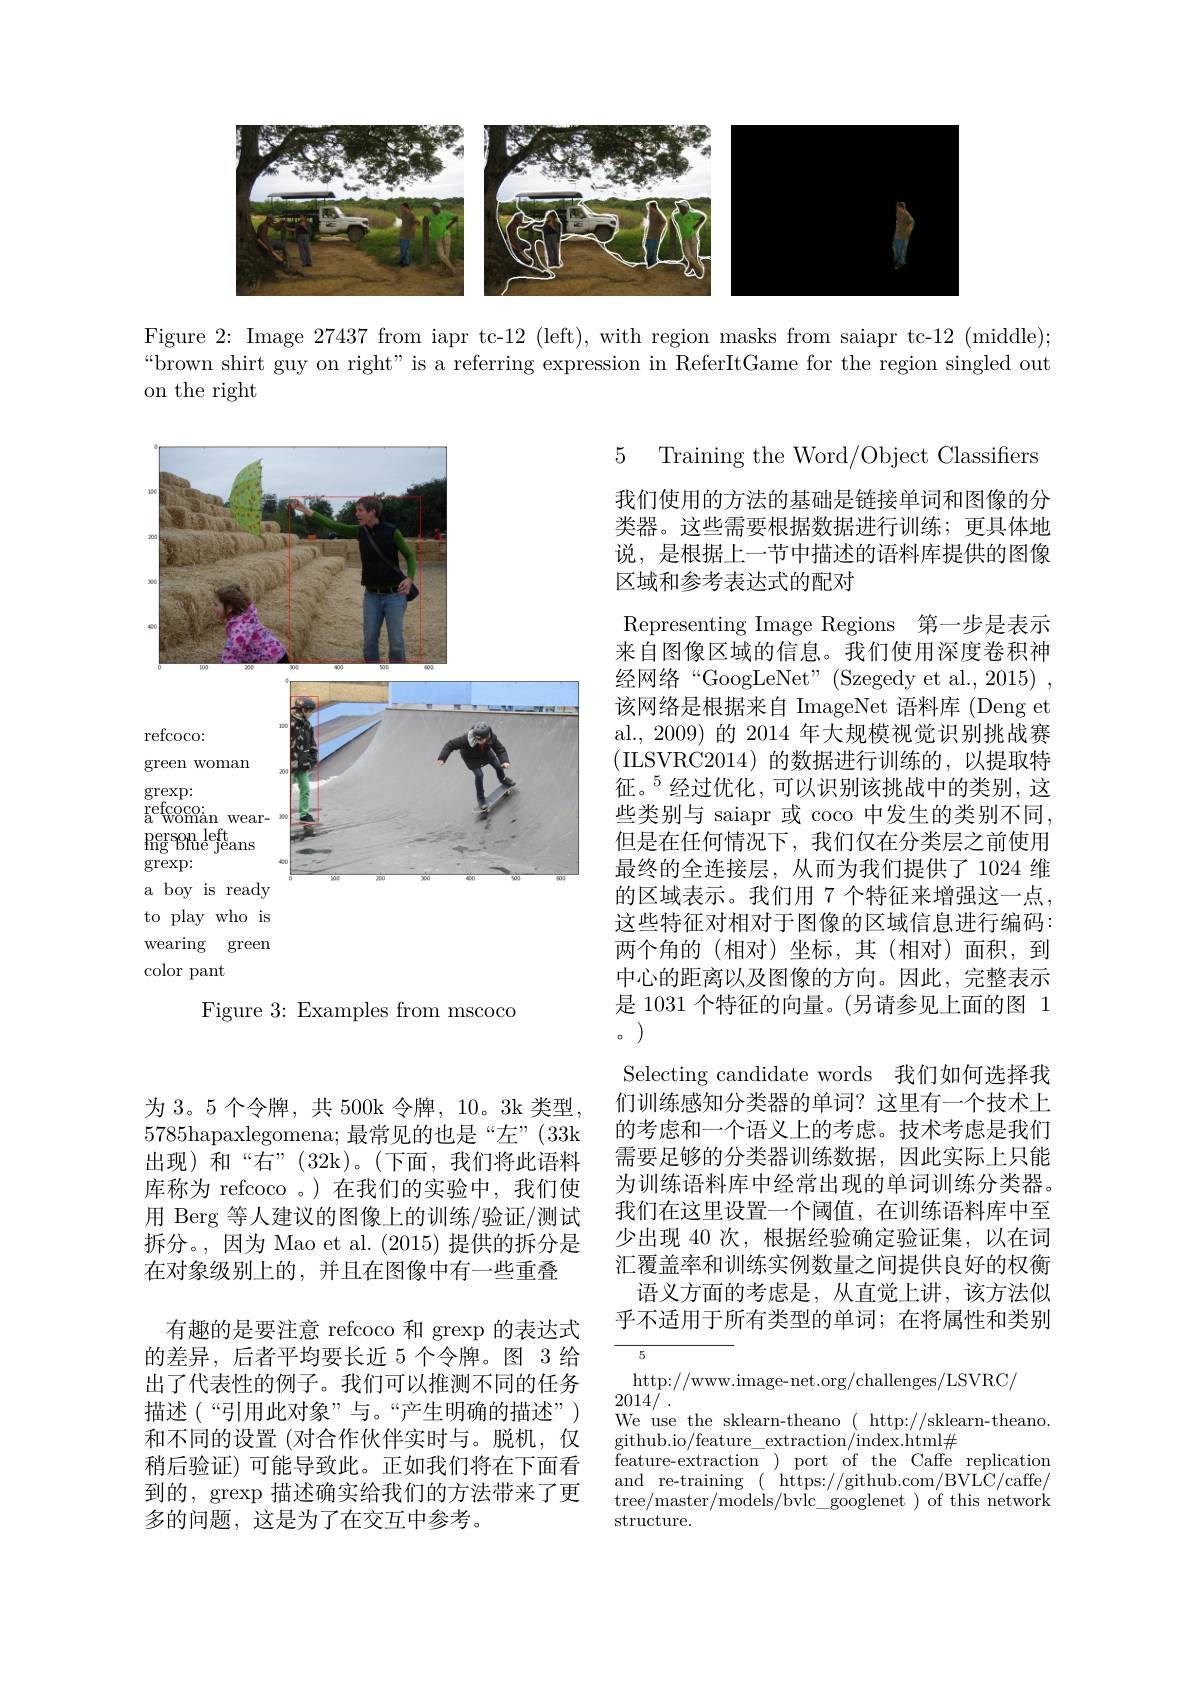
<FigureHere>

Figure 2: Image 27437 from iapr tc-12 (left), with region masks from saiapr tc-12 (middle); “brown shirt guy on right" is a referring expression in ReferItGame for the region singled out on the right

5 Training the Word/Object Classifiers

<FigureHere>
Figure 3{:}Examples from mscoco

我们使用的方法的基础是链接单词和图像的分类器。这些需要根据数据进行训练；更具体地说，是根据上一节中描述的语料库提供的图像区域和参考表达式的配对
Representing Image Regions 第一步是表示来自图像区域的信息。我们使用深度卷积神经网络“GoogLeNet”(Szegedy et al., 2015) , 该网络是根据来自 ImageNet 语料库 (Deng et al.,2009)的 2014 年大规模视觉识别挑战赛(ILSVRC2014)的数据进行训练的，以提取特征。$^{5}$经过优化，可以识别该挑战中的类别，这些类别与 saiapr 或 coco 中发生的类别不同， 但是在任何情况下，我们仅在分类层之前使用最终的全连接层，从而为我们提供了 1024 维的区域表示。我们用 7 个特征来增强这一点， 这些特征对相对于图像的区域信息进行编码： 两个角的(相对)坐标，其(相对)面积，到中心的距离以及图像的方向。因此，完整表示是 1031 个特征的向量。(另请参见上面的图 10
Selecting candidate words 我们如何选择我们训练感知分类器的单词？这里有一个技术上的考虑和一个语义上的考虑。技术考虑是我们需要足够的分类器训练数据，因此实际上只能为训练语料库中经常出现的单词训练分类器。我们在这里设置一个阈值，在训练语料库中至少出现 40 次，根据经验确定验证集，以在词汇覆盖率和训练实例数量之间提供良好的权衡
语义方面的考虑是，从直觉上讲，该方法似乎不适用于所有类型的单词；在将属性和类别5

为 3。5 个令牌，共 500k 令牌 , 10。3k 类型， 5785hapaxlegomena;最常见的也是“左”(33k 出现)和“右”(32k)。(下面，我们将此语料库称为 refcoco 。)在我们的实验中，我们使用 Berg 等人建议的图像上的训练/验证/测试拆分。,因为 Mao et al. (2015) 提供的拆分是在对象级别上的，并且在图像中有一些重叠
有趣的是要注意 refcoco 和 grexp 的表达式的差异，后者平均要长近 5 个令牌。图 3 给出了代表性的例子。我们可以推测不同的任务描述(“引用此对象”与。“产生明确的描述”) 和不同的设置 (对合作伙伴实时与。脱机，仅稍后验证)可能导致此。正如我们将在下面看到的，$\operatorname{grexp}$描述确实给我们的方法带来了更多的问题，这是为了在交互中参考。

$\underset{{\mathrm{http://www.image-net.org/challenges/LSVRC/}}}{\operatorname*{http://www.image-net.org/challenges/LSVRC/}}$
2014/
We use the sklearn-theano ( http://sklearn-theano.
github.io/feature\_extraction/index.html$\#$
$\bar{\text{feature- extraction}}$ ) port of the Caffe replication and re-training $(\begin{array}{c}\mathrm{https://github.com/BVLC/caffe/}\end{array}$ tree/master/models/bvlc\_googlenet)of this network structure.